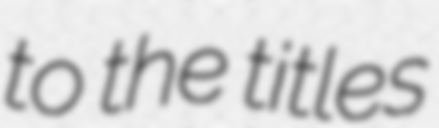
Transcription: to the titles